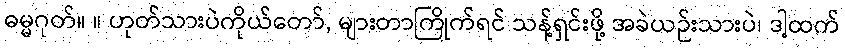
ဓမ္မဂုတ်။ ။ ဟုတ်သားပဲကိုယ်တော်, များတာကြိုက်ရင် သန့်ရှင်းဖို့ အခဲယဉ်းသားပဲ၊ ဒါ့ထက်